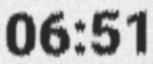
06:51